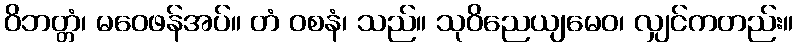
ဝိဘတ္တံ၊ မဝေဖန်အပ်။ တံ ဝစနံ၊ သည်။ သုဝိညေယျမေဝ၊ လျှင်ကတည်း။